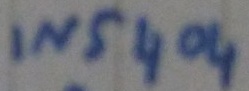
Text: IN5404